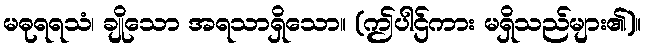
မဓုရရသံ၊ ချိုသော အရသာရှိသော။ (ဤပါဌ်ကား မရှိသည်များ၏)။